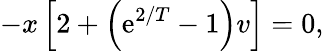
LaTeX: -x\left[2+\left(\mathrm{e}^{2/T}-1\right)v\right]=0,